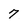
Character: 7